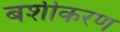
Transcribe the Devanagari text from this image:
बशीकरण